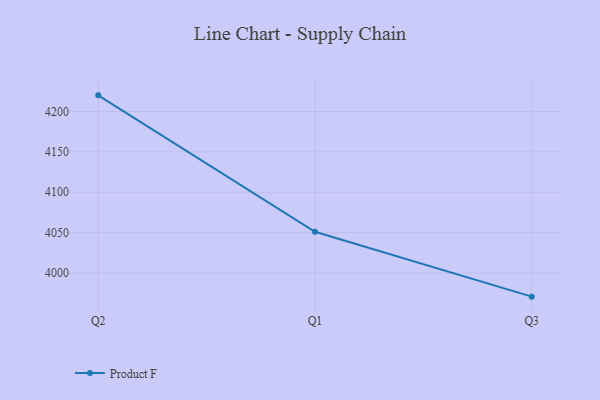
{"axis": {"x": "Quarter", "y": "Bounce Rate (%)"}, "legend": ["Product F"], "data": [{"x": "Q2", "y": 4220.0, "type": "Product F"}, {"x": "Q1", "y": 4051.1, "type": "Product F"}, {"x": "Q3", "y": 3970.8, "type": "Product F"}]}